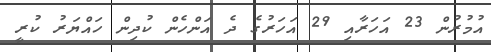
އުމުރުން 23 އަހަރާއި 29 އަހަރުގެ ދެ އަންހެން ކުދިން ހައްޔަރު ކުރީ